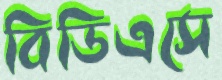
বিডিএসে